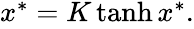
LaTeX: \begin{array}{r}{x^{*}=K\operatorname{tanh}{x^{*}}.}\end{array}